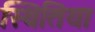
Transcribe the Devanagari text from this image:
स्थितिया